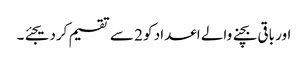
اور باقی بچنے والے اعداد کو 2 سے تقسیم کردیجئے۔